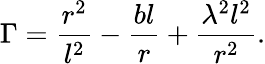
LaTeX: \Gamma=\frac{r^{2}}{l^{2}}-\frac{bl}r+\frac{\lambda^{2}l^{2}}{r^{2}}.